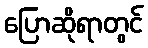
ပြောဆိုရာတွင်